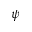
\boldsymbol { \psi }